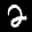
Label: 2